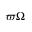
\varpi \Omega